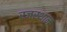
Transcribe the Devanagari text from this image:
रजस्थान